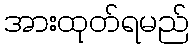
အားထုတ်ရမည်